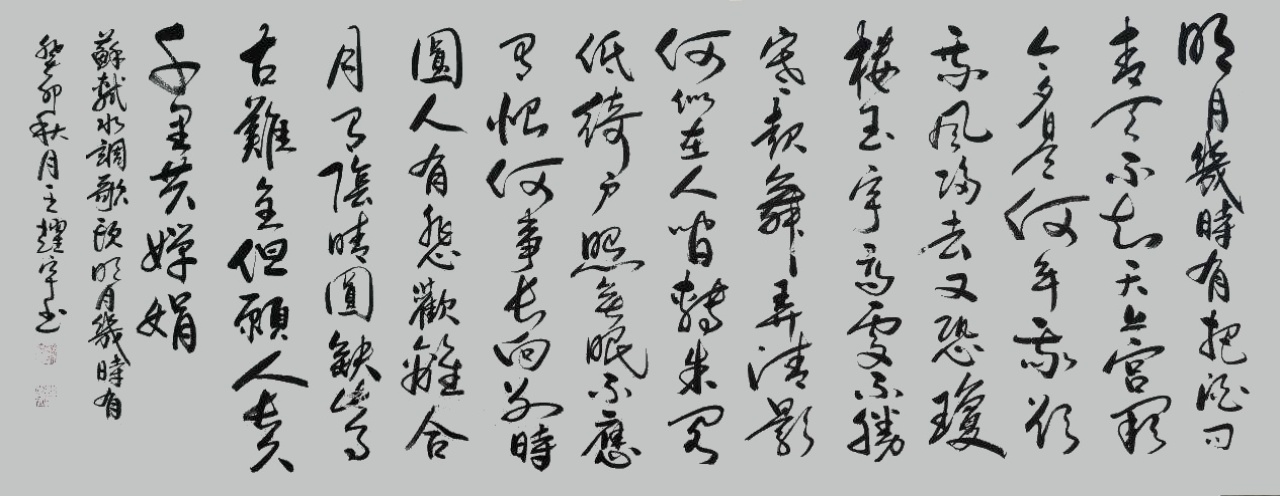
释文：明月几时有，把酒问青天。不知天上宫阙，今夕是何年。我欲乘风归去，又恐琼楼玉宇，高处不胜寒。起舞弄清影，何似在人间。转朱阁，低绮户，照无眠。不应有恨，何事长向别时圆。人有悲欢离合，月有阴晴圆缺，此事古难全。但愿人长久，千里共婵娟。2023年作